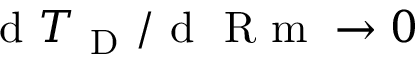
\mathrm { ~ d ~ } { T _ { \mathrm { ~ D ~ } } } / \mathrm { ~ d ~ } \mathrm { ~ R ~ m ~ } \rightarrow 0